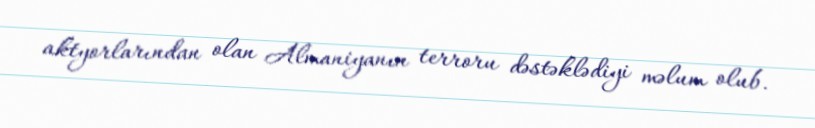
aktyorlarından olan Almaniyanın terroru dəstəklədiyi məlum olub.